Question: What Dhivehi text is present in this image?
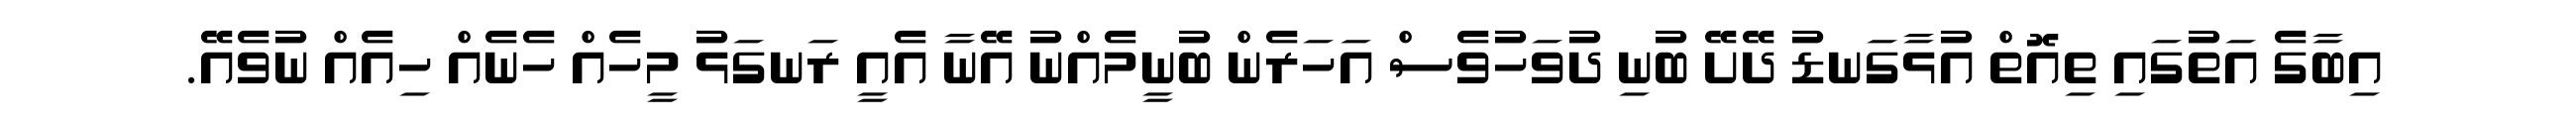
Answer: އިބާގެ އަތުގައި ތިއޮތް އުޅާގަނޑު ދޭށޭ ބުނި ދުވަހުވެސް އަހަރެން ބުނީމެއްނު އޭނާ އެއީ ރަނގަޅު މީހެއް ހެނެއް ހިއެއް ނުވެއޭ.